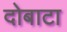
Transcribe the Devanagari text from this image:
दोबाटा